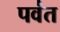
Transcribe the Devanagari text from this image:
पव॑त